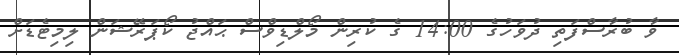
ވާ ބުރާސްފަތި ދުވަހުގެ 14:00 ގެ ކުރިން މޯލްޑިވްސް ޙައްޖު ކޯޕަރޭޝަން ލިމިޓެޑަށް